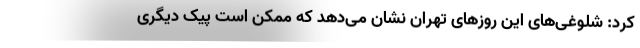
کرد: شلوغی‌های این روزهای تهران نشان می‌دهد که ممکن است پیک دیگری